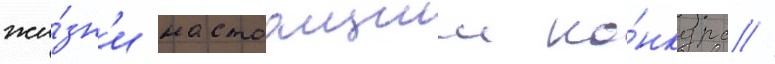
жи́зн'и настоащии ко́нкурс //